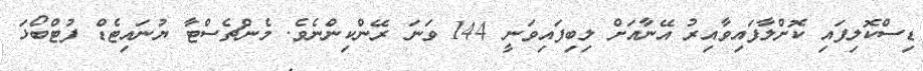
ޑިސްކޮލިފައި ކޮށްލާފައިވާއިރު އޭނާއަށް ލިބިފައިވަނީ 144 ވަނަ ރޭންކިންނެވެ. މެންޗެސްޓާ ޔުނައިޓެޑް ފުޓްބޯޅަ